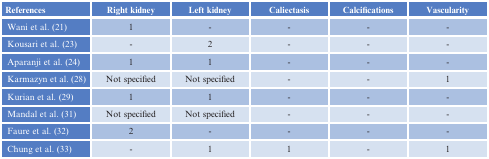
| References | Right kidney | Left kidney | Caliectasis | Calcifications | Vascularity |
 | --- | --- | --- | --- | --- | --- |
 | Wani et al. (21) | 1 | - | - | - | - |
 | Kousari et al. (23) | - | 2 | - | - | - |
 | Aparanji et al. (24) | 1 | 1 | - | - | - |
 | Karmazyn et al. (28) | Not specified | Not specified | - | - | 1 |
 | Kurian et al. (29) | 1 | 1 | - | - | - |
 | Mandal et al. (31) | Not specified | Not specified | - | - | - |
 | Faure et al. (32) | 2 | - | - | - | - |
 | Chung et al. (33) | - | 1 | 1 | - | 1 |